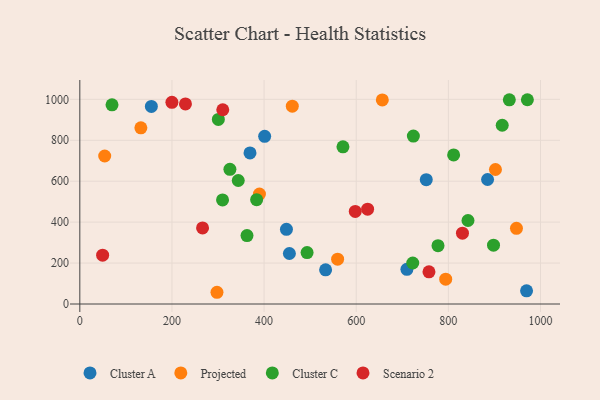
{"axis": {"x": "Experience", "y": "Fuel Efficiency"}, "legend": ["Cluster A", "Cluster C", "Projected", "Scenario 2"], "data": [{"x": "533.5", "y": 167.2, "type": "Cluster A"}, {"x": "448.5", "y": 365.1, "type": "Cluster A"}, {"x": "155.3", "y": 965.2, "type": "Cluster A"}, {"x": "401.2", "y": 819.1, "type": "Cluster A"}, {"x": "885.1", "y": 608.4, "type": "Cluster A"}, {"x": "752.0", "y": 607.3, "type": "Cluster A"}, {"x": "710.0", "y": 169.4, "type": "Cluster A"}, {"x": "454.9", "y": 246.7, "type": "Cluster A"}, {"x": "969.7", "y": 64.3, "type": "Cluster A"}, {"x": "369.4", "y": 738.4, "type": "Cluster A"}, {"x": "132.5", "y": 860.6, "type": "Projected"}, {"x": "656.6", "y": 997.0, "type": "Projected"}, {"x": "794.2", "y": 121.4, "type": "Projected"}, {"x": "461.2", "y": 966.8, "type": "Projected"}, {"x": "902.2", "y": 657.3, "type": "Projected"}, {"x": "559.6", "y": 218.8, "type": "Projected"}, {"x": "389.9", "y": 537.0, "type": "Projected"}, {"x": "947.8", "y": 369.7, "type": "Projected"}, {"x": "297.7", "y": 57.3, "type": "Projected"}, {"x": "54.0", "y": 723.1, "type": "Projected"}, {"x": "971.5", "y": 998.1, "type": "Cluster C"}, {"x": "777.5", "y": 285.0, "type": "Cluster C"}, {"x": "69.9", "y": 973.0, "type": "Cluster C"}, {"x": "571.2", "y": 768.0, "type": "Cluster C"}, {"x": "811.4", "y": 728.6, "type": "Cluster C"}, {"x": "916.9", "y": 873.3, "type": "Cluster C"}, {"x": "300.7", "y": 901.9, "type": "Cluster C"}, {"x": "343.9", "y": 603.5, "type": "Cluster C"}, {"x": "898.0", "y": 287.3, "type": "Cluster C"}, {"x": "724.0", "y": 820.3, "type": "Cluster C"}, {"x": "722.7", "y": 200.4, "type": "Cluster C"}, {"x": "362.9", "y": 334.4, "type": "Cluster C"}, {"x": "325.8", "y": 657.8, "type": "Cluster C"}, {"x": "842.6", "y": 408.1, "type": "Cluster C"}, {"x": "309.8", "y": 508.6, "type": "Cluster C"}, {"x": "493.3", "y": 251.1, "type": "Cluster C"}, {"x": "932.3", "y": 997.8, "type": "Cluster C"}, {"x": "383.8", "y": 509.9, "type": "Cluster C"}, {"x": "830.6", "y": 346.2, "type": "Scenario 2"}, {"x": "49.5", "y": 238.7, "type": "Scenario 2"}, {"x": "624.7", "y": 463.5, "type": "Scenario 2"}, {"x": "310.3", "y": 949.2, "type": "Scenario 2"}, {"x": "266.4", "y": 371.7, "type": "Scenario 2"}, {"x": "199.9", "y": 985.5, "type": "Scenario 2"}, {"x": "229.3", "y": 977.6, "type": "Scenario 2"}, {"x": "757.9", "y": 157.1, "type": "Scenario 2"}, {"x": "597.9", "y": 452.3, "type": "Scenario 2"}]}